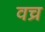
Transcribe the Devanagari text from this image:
वच्र